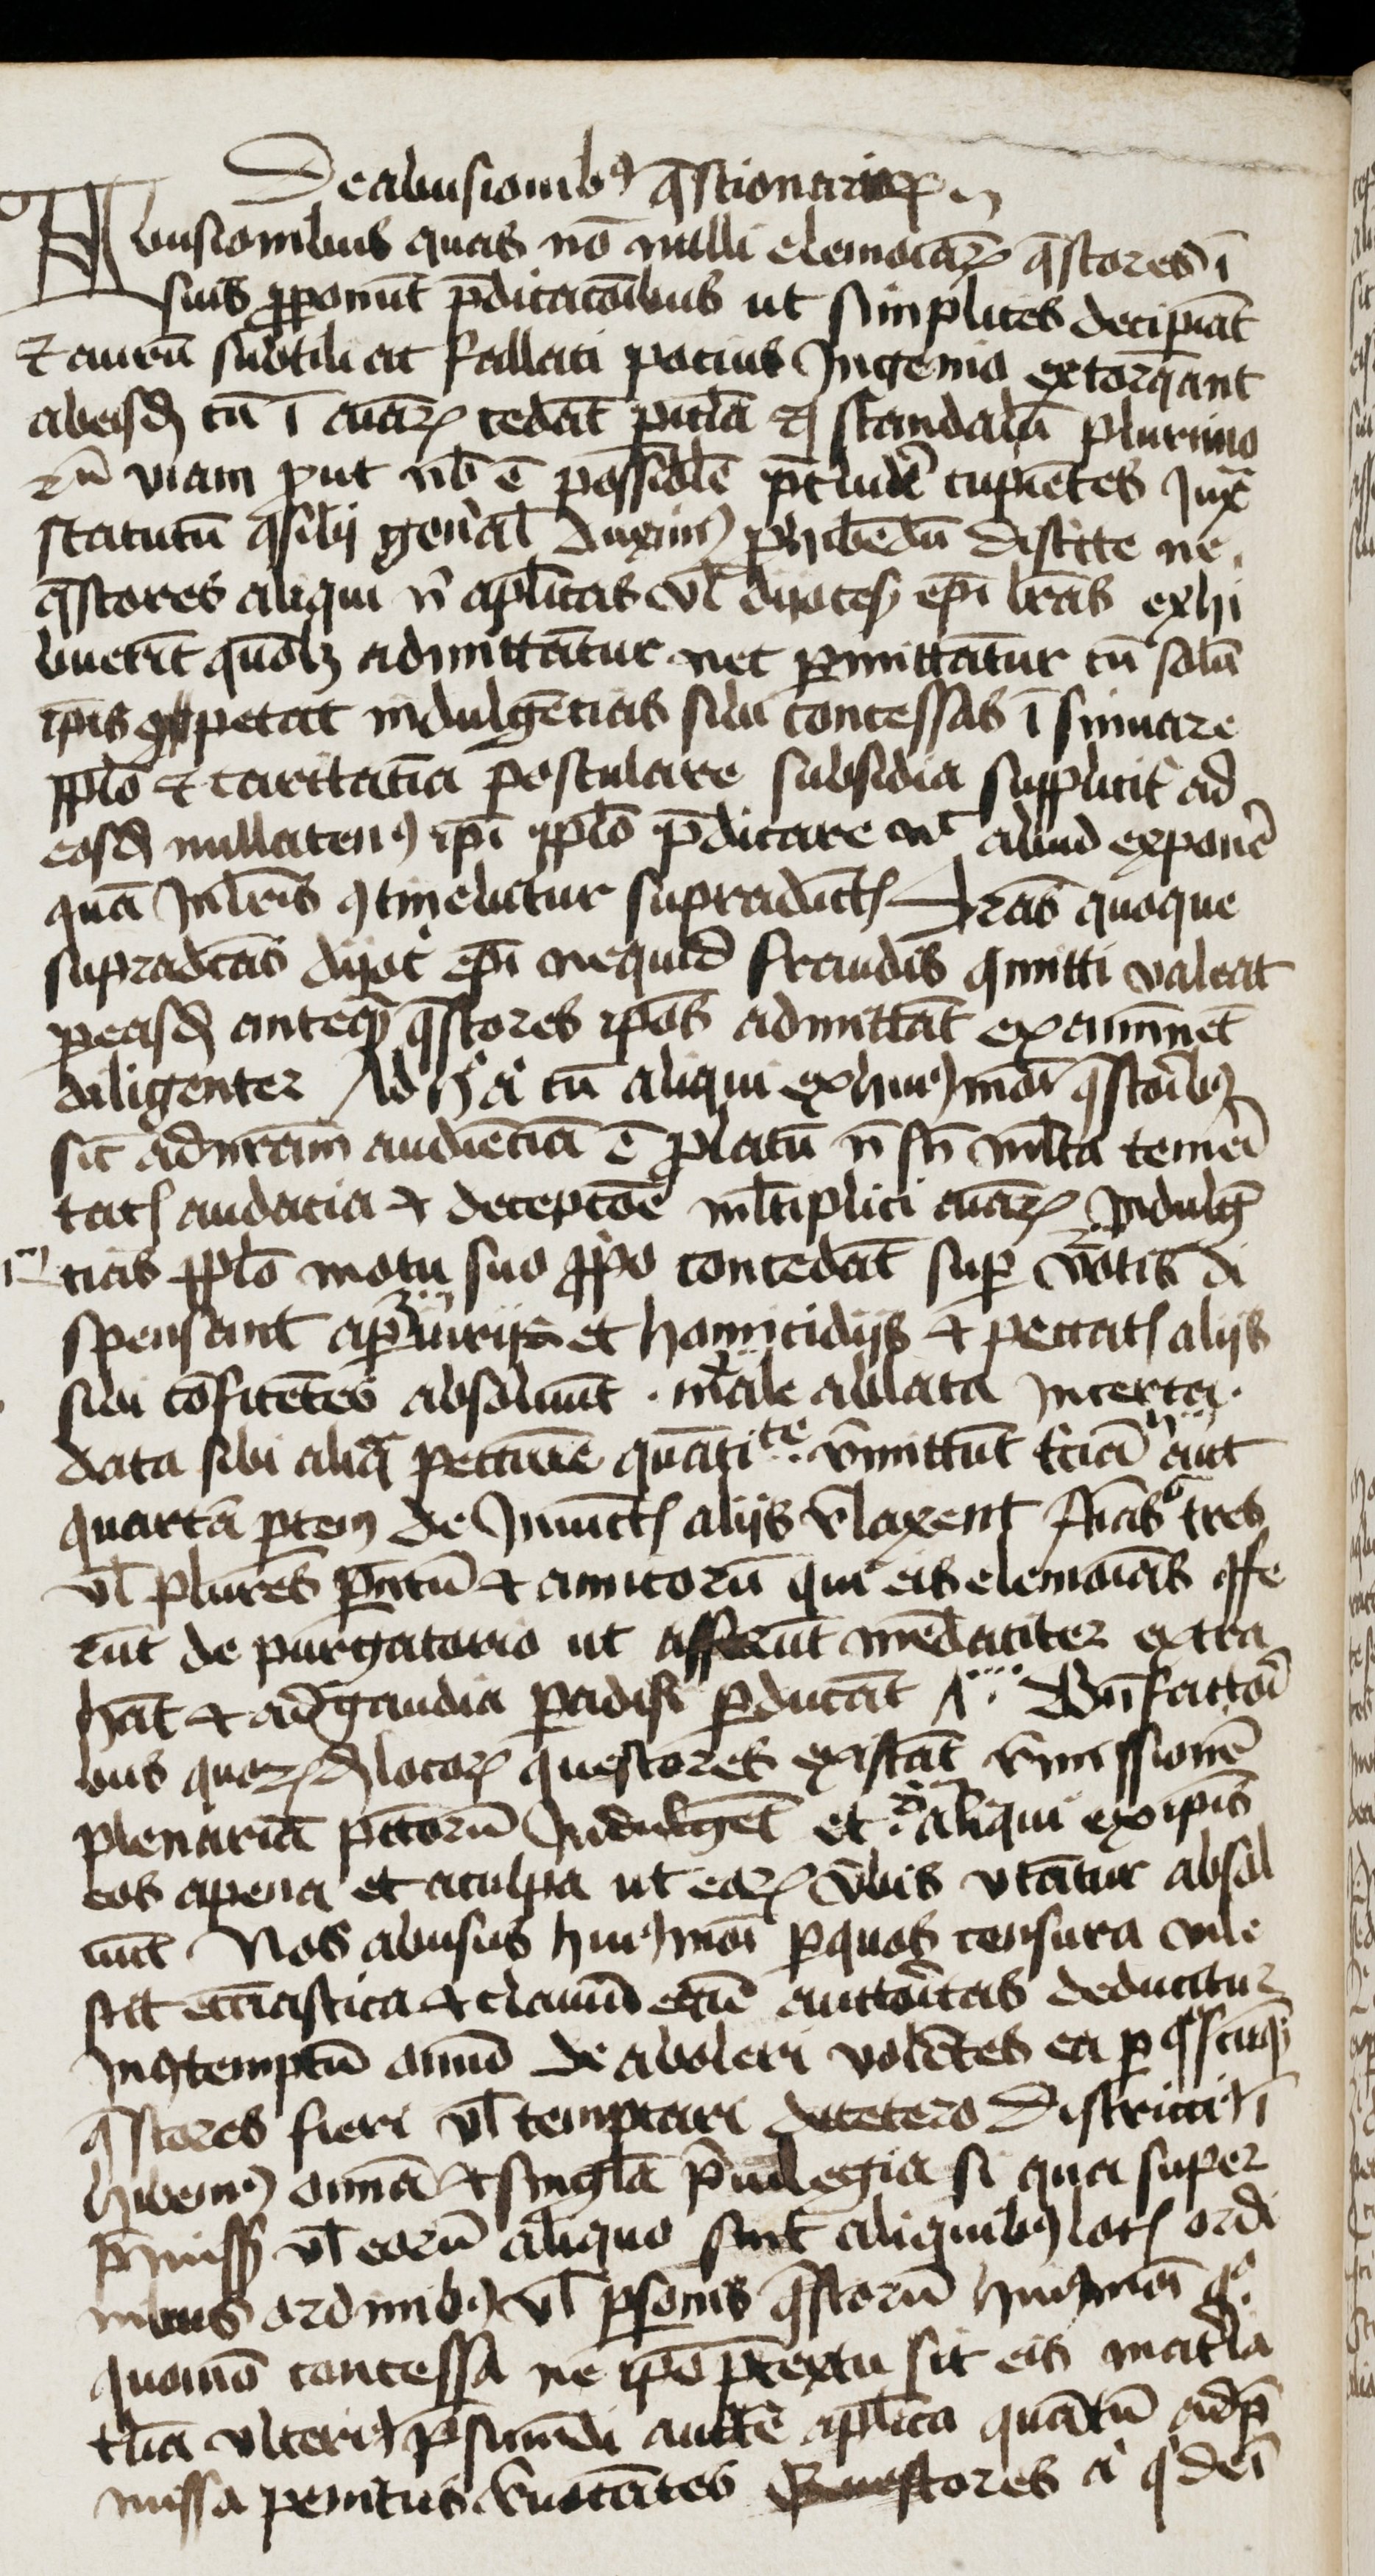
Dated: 1400–1499